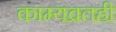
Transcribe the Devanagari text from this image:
काम्यव्रतही